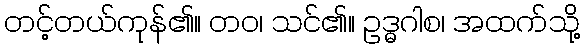
တင့်တယ်ကုန်၏။ တဝ၊ သင်၏။ ဥဒ္ဓဂါစ၊ အထက်သို့